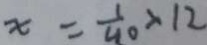
x = \frac { 1 } { 4 0 } \times 1 2